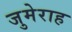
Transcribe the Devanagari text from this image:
जुमेराह